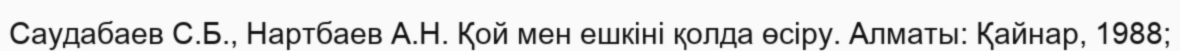
Саудабаев С.Б., Нартбаев А.Н. Қой мен ешкіні қолда өсіру. Алматы: Қайнар, 1988;